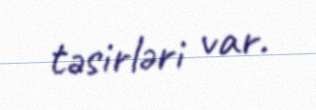
təsirləri var.